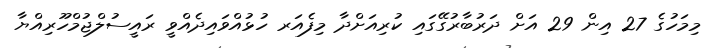
މިމަހުގެ 27 އިން 29 އަށް ދަރުބާރުގޭގައި ކުރިއަށްދާ މިފެއަރ ހުޅުއްވައިދެއްވީ ރައީސުލްޖުމްހޫރިއްޔާ